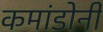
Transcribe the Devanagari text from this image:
कमांडोनी